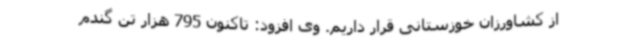
از کشاورزان خوزستانی قرار داریم. وی افزود: تاکنون 795 هزار تن گندم